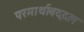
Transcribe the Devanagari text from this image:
परमार्थाबद्दल